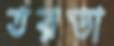
তরডা